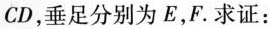
CD，垂足分别为E，F. 求证：